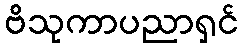
ဗိသုကာပညာရှင်